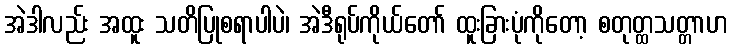
အဲဒါလည်း အထူး သတိပြုစရာပါပဲ၊ အဲဒီရုပ်ကိုယ်တော် ထူးခြားပုံကိုတော့ စတုတ္ထသတ္တာဟ